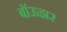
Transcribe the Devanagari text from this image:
बॉऊझर